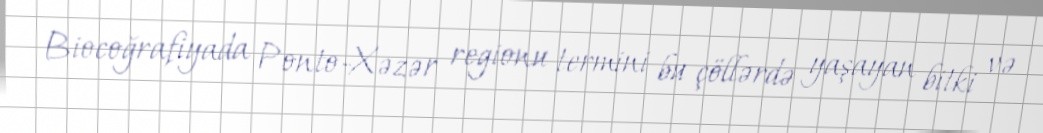
Biocoğrafiyada Ponto-Xəzər regionu termini bu çöllərdə yaşayan bitki və